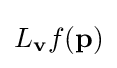
L_{\mathbf {v} }f(\mathbf {p} )